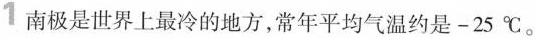
1 南极是世界上最冷的地方，常年平均气温约是-25℃。